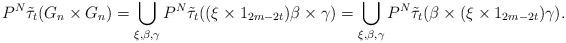
LaTeX: \begin{align*}P^N\tilde{\tau}_t(G_{n}\times G_{n})=\bigcup_{\xi,\beta,\gamma}P^N\tilde{\tau}_t((\xi\times 1_{2m-2t})\beta\times\gamma)=\bigcup_{\xi,\beta,\gamma}P^N\tilde{\tau}_t(\beta\times(\xi\times 1_{2m-2t})\gamma).\end{align*}